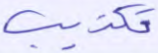
تكذيب